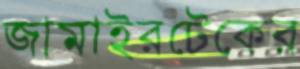
জামাইরটেকের